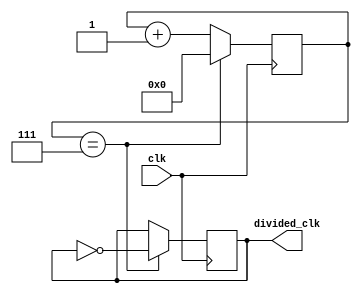
module ripple_counter_clock_divider (
    input wire clk,
    output reg divided_clk
);

reg [3:0] count;

always @(posedge clk) begin
    if (count == 4'd7) begin
        divided_clk <= ~divided_clk;
        count <= 4'd0;
    end else begin
        count <= count + 4'd1;
    end
end

endmodule